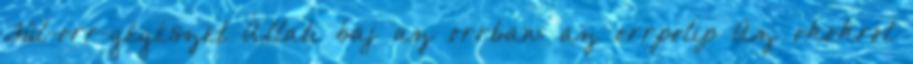
Fül-orr-gégészet Állati baj az orrban: az orrpolip Az okokról